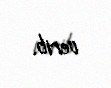
verib.